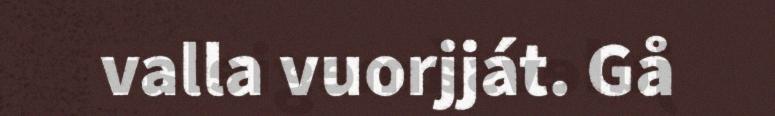
valla vuorjját. Gå